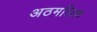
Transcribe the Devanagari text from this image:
अठमलिक